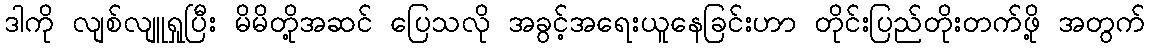
ဒါကို လျစ်လျူရှုပြီး မိမိတို့အဆင် ပြေသလို အခွင့်အရေးယူနေခြင်းဟာ တိုင်းပြည်တိုးတက်ဖို့ အတွက်